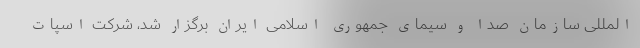
المللی سازمان صدا و سیمای جمهوری اسلامی ایران برگزار شد، شرکت اسپات